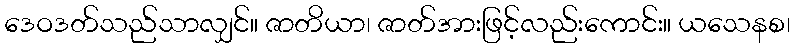
ဒေဝဒတ်သည်သာလျှင်။ ဇာတိယာ၊ ဇာတ်အားဖြင့်လည်းကောင်း။ ယသေနစ၊